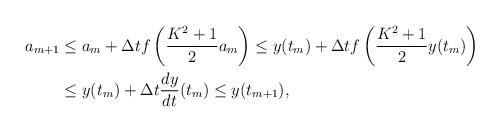
LaTeX: \begin{align*}a_{m+1} &\le a_{m} + \Delta t f\left(\frac{K^{2}+1}{2}a_{m}\right) \le y(t_{m}) + \Delta t f\left(\frac{K^{2}+1}{2}y(t_{m})\right) \\&\le y(t_{m}) + \Delta t \frac{dy}{dt}(t_{m}) \le y(t_{m+1}),\end{align*}